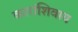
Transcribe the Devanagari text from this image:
कारांशिवाय